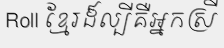
Roll ខ្មែរដ៏ល្បីគឺអ្នកស្រី